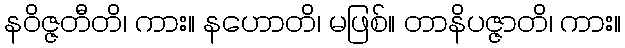
နဝိဇ္ဇတီတိ၊ ကား။ နဟောတိ၊ မဖြစ်။ တာနိပဇ္ဇာတိ၊ ကား။